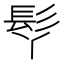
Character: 𩫾